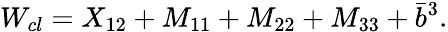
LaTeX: W_{cl}=X_{12}+M_{11}+M_{22}+M_{33}+\bar{b}^{3}.